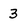
Character: 3